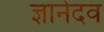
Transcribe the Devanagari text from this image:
ज्ञानेदव